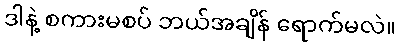
ဒါနဲ့ စကားမစပ် ဘယ်အချိန် ရောက်မလဲ။